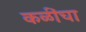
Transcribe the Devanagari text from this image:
कळींचा